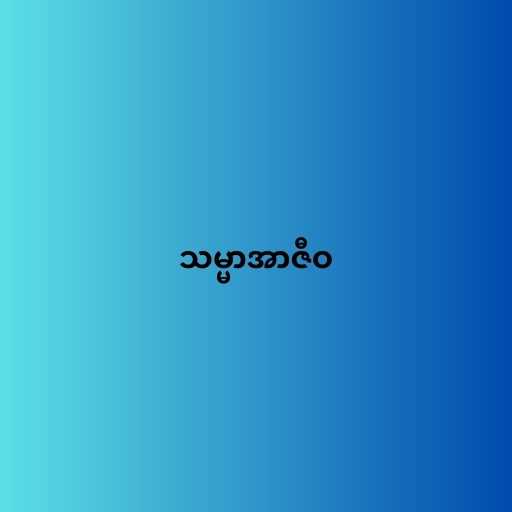
သမ္မာအာဇီဝ